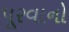
પૂરવાનો